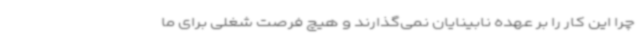
چرا این کار را بر عهده نابینایان نمی‌گذارند و هیچ فرصت شغلی برای ما